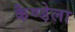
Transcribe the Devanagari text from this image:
कैण्डेला